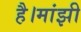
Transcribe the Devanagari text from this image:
है।मांझी